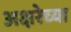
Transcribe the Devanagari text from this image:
अक्षरेच्या